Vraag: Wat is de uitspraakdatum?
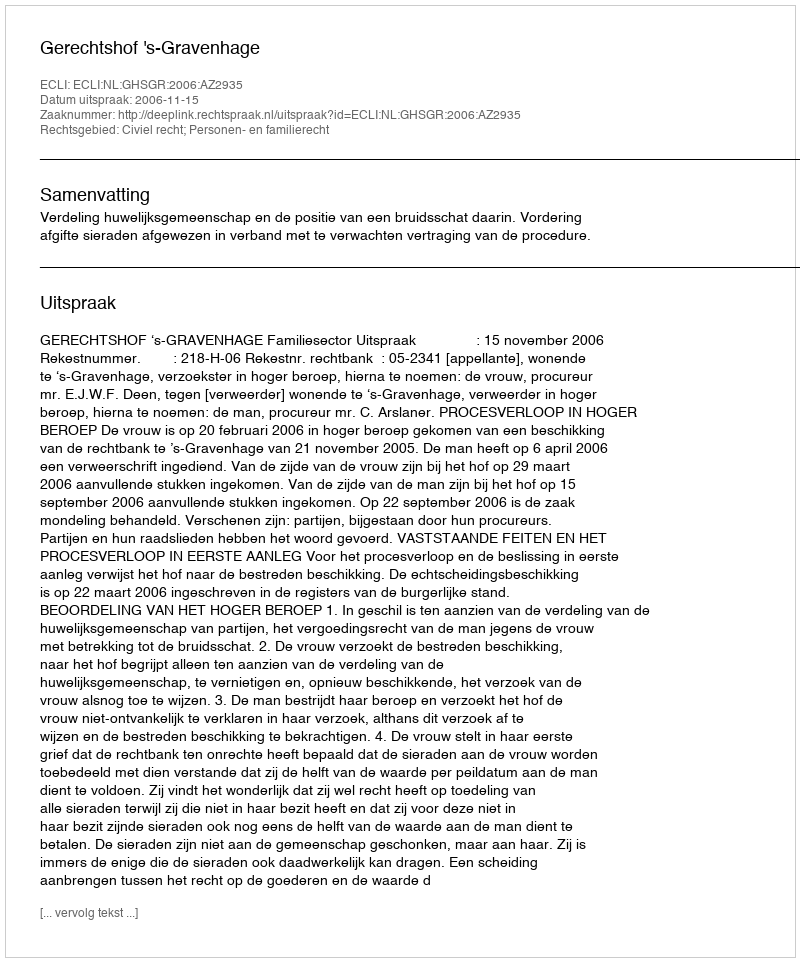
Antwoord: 2006-11-15